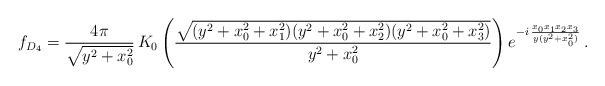
LaTeX: \begin{align*}f_{D_4}=\frac{4\pi}{\sqrt{y^2+x_0^2}}\, K_0 \left( \frac{\sqrt{(y^2+x_0^2+x_1^2)(y^2+x_0^2+x_2^2)(y^2+x_0^2+x_3^2)}}{y^2+x_0^2} \right)e^{ - i\, \frac{x_0 x_1 x_2 x_3}{y (y^2 + x_0^2)}}\, .\end{align*}